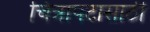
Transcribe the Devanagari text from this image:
चित्रापटासाठी